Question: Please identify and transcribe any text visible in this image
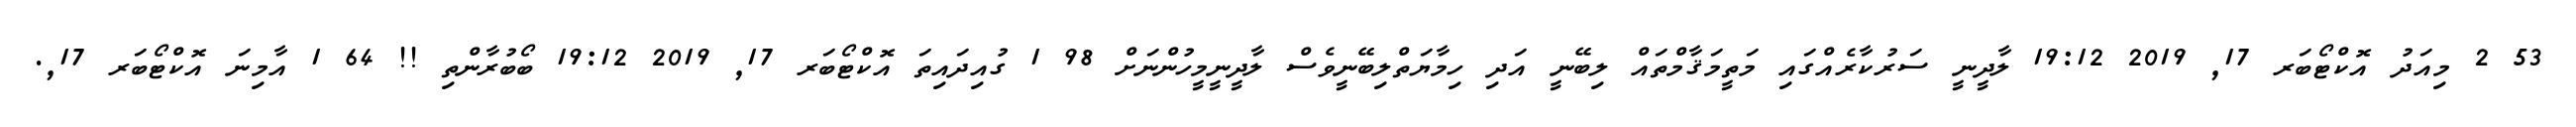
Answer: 53 2 މިއަދު އޮކްޓޯބަރ 17, 2019 19:12 ލާދީނީ ސަރުކާރެއްގައި މަތީމަޤާމްތައް ލިބޭނީ އަދި ހިމާޔަތްލިބޭނީވެސް ލާދީނީމީހުންނަށް 98 1 ގުއިދައިތަ އޮކްޓޯބަރ 17, 2019 19:12 ބޯބުރާންތި !! 64 1 އާމިނަ އޮކްޓޯބަރ 17,.